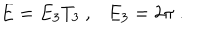
LaTeX: E = E _ { 3 } T _ { 3 } \ , \ \ \ E _ { 3 } = 2 \pi \ .